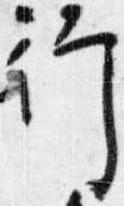
行